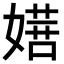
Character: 𭒔